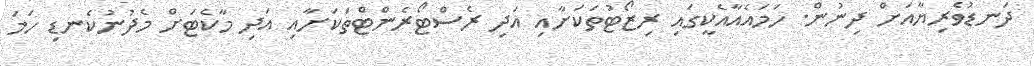
ދަނޑުވެރިޔާއަށް ދިނުން. ހަމައެއާއެކީގައި ރިޒޯޓުތަކަށާއި އަދި ރެސްޓޯރެންޓްތަކަށާއި އަދި މާކެޓަށް މެދުނުކެނޑި ހަމަ